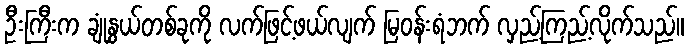
ဦးကြီးက ချုံနွယ်တစ်ခုကို လက်ဖြင့်ဖယ်လျက် မြဝန်းရံဘက် လှည့်ကြည့်လိုက်သည်။